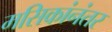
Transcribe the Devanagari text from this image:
मसिकांनंतर